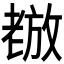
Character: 𫅵